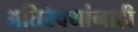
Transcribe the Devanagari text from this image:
अतिरेक्यांनाही